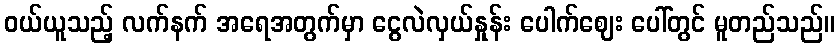
ဝယ်ယူသည့် လက်နက် အရေအတွက်မှာ ငွေလဲလှယ်နှုန်း ပေါက်ဈေး ပေါ်တွင် မူတည်သည်။